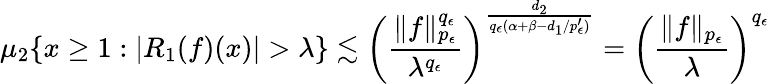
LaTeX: \mu_{2}\{ x\ge 1:|R_{1}(f)(x)|>\lambda\} \lesssim\left(\frac{\| f\| _{p_{\epsilon}}^{q_{\epsilon}}}{\lambda^{q_{\epsilon}}}\right)^{\frac{d_{2}}{q_{\epsilon}(\alpha+\beta-d_{1}/{p_{\epsilon}^{\prime}})}}=\left(\frac{\| f\| _{p_{\epsilon}}}{\lambda}\right)^{q_{\epsilon}}